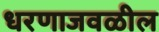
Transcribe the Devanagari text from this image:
धरणाजवळील